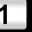
Digit: 1